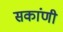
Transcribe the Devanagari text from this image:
सकांणी